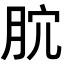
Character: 𣍥